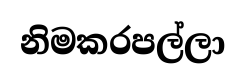
නිමකරපල්ලා